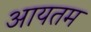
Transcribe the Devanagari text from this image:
आयतम